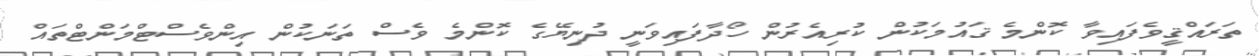
ތަރައްޤީވެފައިވާ ކޮންމެ ޤައުމަކުން ކުރިއެރުން ހޯދާފައިވަނީ ދުނިޔޭގެ ކޮންމެ ވެސް ތަނަކުން އިންވެސްޓްމަންޓްތައް